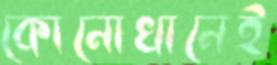
কোনোখানেই